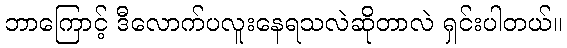
ဘာကြောင့် ဒီလောက်ပလူးနေရသလဲဆိုတာလဲ ရှင်းပါတယ်။